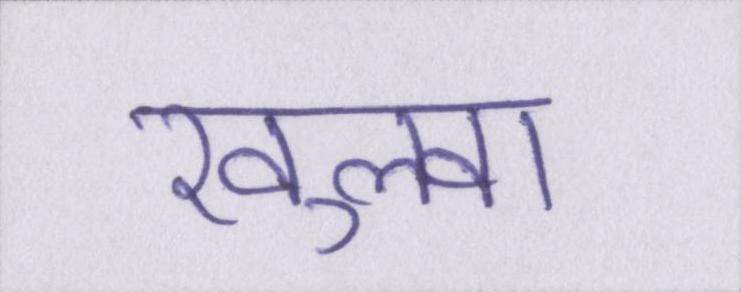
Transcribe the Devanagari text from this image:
खुलवा